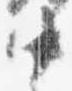
中